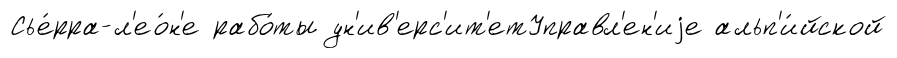
Сье́рра-л'ео́н'е рабо́ты ун'ив'ерс'ит'етУправл'ен'иjе альп'и́йской